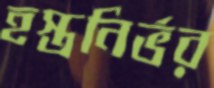
হস্তনির্ভর